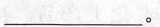
___。